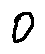
o